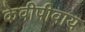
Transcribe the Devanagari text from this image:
केवीपीवाय